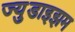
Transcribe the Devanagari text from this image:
ज्युडाइझम